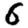
Digit: 6